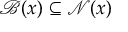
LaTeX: { \mathcal { B } } ( x ) \subseteq { \mathcal { N } } ( x )